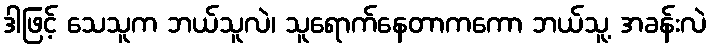
ဒါဖြင့် သေသူက ဘယ်သူလဲ၊ သူရောက်နေတာကကော ဘယ်သူ့ အခန်းလဲ